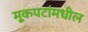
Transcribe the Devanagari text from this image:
मूकपटांमधील